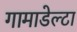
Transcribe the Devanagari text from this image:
गामाडेल्टा